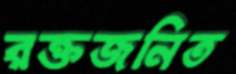
রক্তজনিত